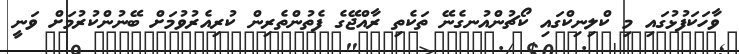
ވާހަކަފުޅުގައި މި ކްލިނިކްގައި ކޯޗުންއުނގެނޭ ތަކެތި ރާއްޖޭގެ ފެތުންތެރިން ކުރިއެރުވުމަށް ބޭނުންކުރުމަށް ވަނީ